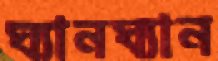
ঘ্যানঘ্যান